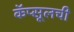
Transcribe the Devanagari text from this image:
कॅप्सूलची